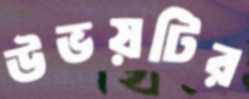
উভয়টির